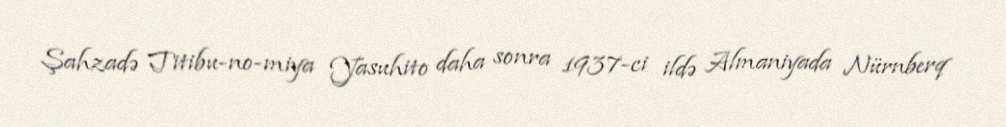
Şahzadə Titibu-no-miya Yasuhito daha sonra 1937-ci ildə Almaniyada Nürnberq